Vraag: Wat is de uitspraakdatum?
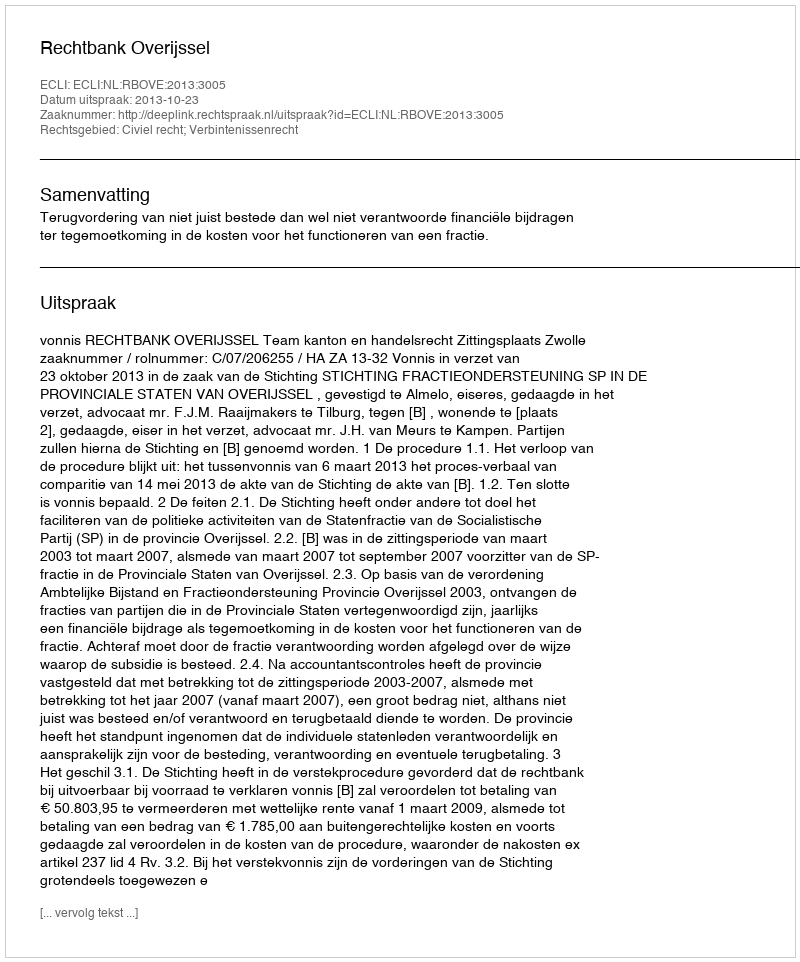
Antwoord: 2013-10-23